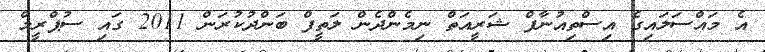
އެ މައްސަލައިގެ އިސްތިއުނާފް ޝަރީއަތް ނިމެންދެން ލަތީފް ބަންދުކުރަން 2011 ގައި ސުޕްރީމް